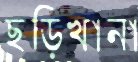
ছড়িখানা